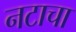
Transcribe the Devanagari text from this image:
नटाचा